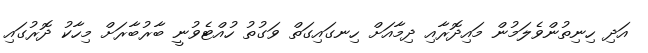
އަދި ހިނިތުންވެލަމުން މައިދޮރާއި ދިމާއަށް ހިނގައިގަތް ވަގުތު ހުއްޓެވުނީ ބާރުބާރަށް މިހާކު ދޮރުގައި